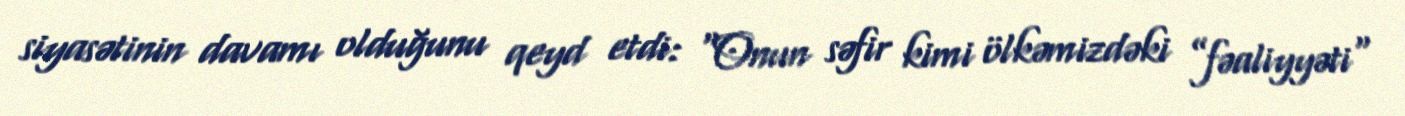
siyasətinin davamı olduğunu qeyd etdi: “Onun səfir kimi ölkəmizdəki ”fəaliyyəti"